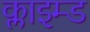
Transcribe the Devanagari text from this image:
क्लाइम्ड